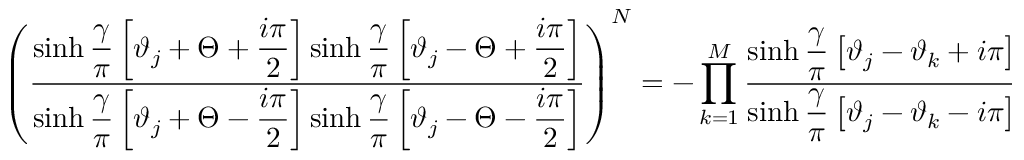
\left( \displaystyle \frac { \sinh \displaystyle \frac { \gamma } { \pi } \left[ \vartheta _ { j } + \Theta + \displaystyle \frac { i \pi } { 2 } \right] \sinh \displaystyle \frac { \gamma } { \pi } \left[ \vartheta _ { j } - \Theta + \displaystyle \frac { i \pi } { 2 } \right] } { \sinh \displaystyle \frac { \gamma } { \pi } \left[ \vartheta _ { j } + \Theta - \displaystyle \frac { i \pi } { 2 } \right] \sinh \displaystyle \frac { \gamma } { \pi } \left[ \vartheta _ { j } - \Theta - \displaystyle \frac { i \pi } { 2 } \right] } \right) ^ { N } = - \prod _ { k = 1 } ^ { M } \displaystyle \frac { \sinh \displaystyle \frac { \gamma } { \pi } \left[ \vartheta _ { j } - \vartheta _ { k } + i \pi \right] } { \sinh \displaystyle \frac { \gamma } { \pi } \left[ \vartheta _ { j } - \vartheta _ { k } - i \pi \right] } \: .